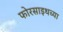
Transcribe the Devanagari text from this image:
फोरसाइथच्या